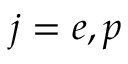
j = e , p